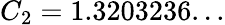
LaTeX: C_{2}=1.3203236...